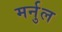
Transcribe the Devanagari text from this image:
मर्नुल